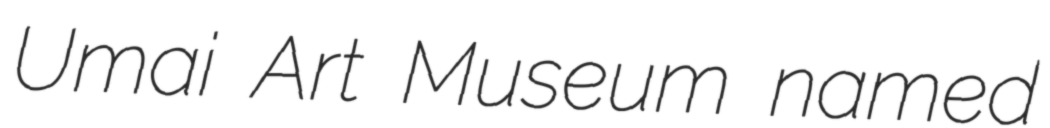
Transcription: Umai Art Museum named